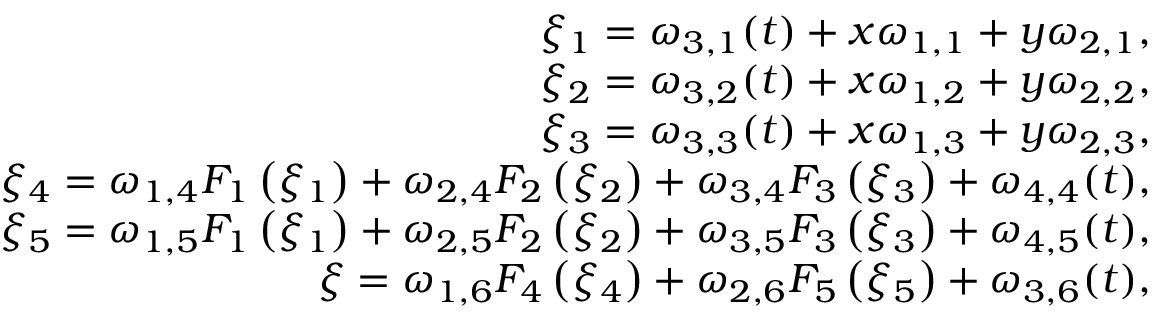
\begin{array} { r l r } & { } & { \xi _ { 1 } = \omega _ { 3 , 1 } ( t ) + x \omega _ { 1 , 1 } + y \omega _ { 2 , 1 } , } \\ & { } & { \xi _ { 2 } = \omega _ { 3 , 2 } ( t ) + x \omega _ { 1 , 2 } + y \omega _ { 2 , 2 } , } \\ & { } & { \xi _ { 3 } = \omega _ { 3 , 3 } ( t ) + x \omega _ { 1 , 3 } + y \omega _ { 2 , 3 } , } \\ & { } & { \xi _ { 4 } = \omega _ { 1 , 4 } F _ { 1 } \left( \xi _ { 1 } \right) + \omega _ { 2 , 4 } F _ { 2 } \left( \xi _ { 2 } \right) + \omega _ { 3 , 4 } F _ { 3 } \left( \xi _ { 3 } \right) + \omega _ { 4 , 4 } ( t ) , } \\ & { } & { \xi _ { 5 } = \omega _ { 1 , 5 } F _ { 1 } \left( \xi _ { 1 } \right) + \omega _ { 2 , 5 } F _ { 2 } \left( \xi _ { 2 } \right) + \omega _ { 3 , 5 } F _ { 3 } \left( \xi _ { 3 } \right) + \omega _ { 4 , 5 } ( t ) , } \\ & { } & { \xi = \omega _ { 1 , 6 } F _ { 4 } \left( \xi _ { 4 } \right) + \omega _ { 2 , 6 } F _ { 5 } \left( \xi _ { 5 } \right) + \omega _ { 3 , 6 } ( t ) , } \end{array}